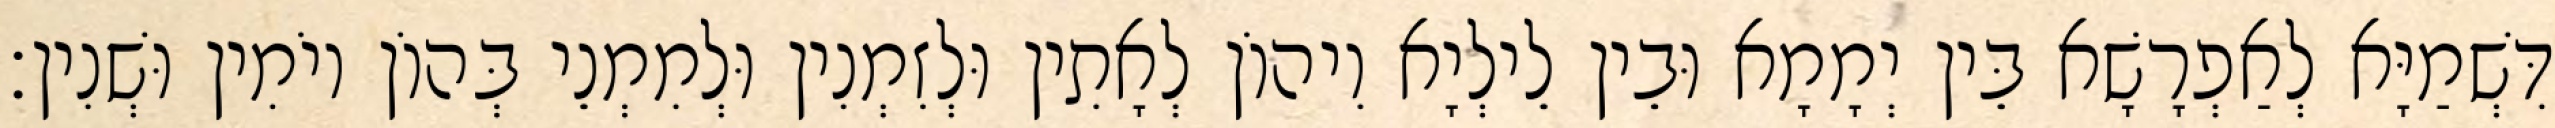
דִּשְׁמַיָּא לְאַפְרָשָׁא בֵּין יְמָמָא וּבֵין לֵילְיָא וִיהוֹן לְאָתִין וּלְזִמְנִין וּלְמִמְנֵי בְּהוֹן יוֹמִין וּשְׁנִין׃